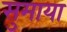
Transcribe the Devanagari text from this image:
सुमाया